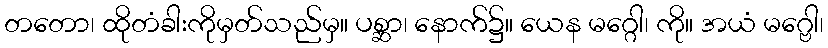
တတော၊ ထိုတံခါးကိုမှတ်သည်မှ။ ပစ္ဆာ၊ နောက်၌။ ယေန မဂ္ဂေါ၊ ကို။ အယံ မဂ္ဗေါ၊